Lunatic asylums in Bengal annual reports 1912-1924 - 1912-1924
Year: 1912
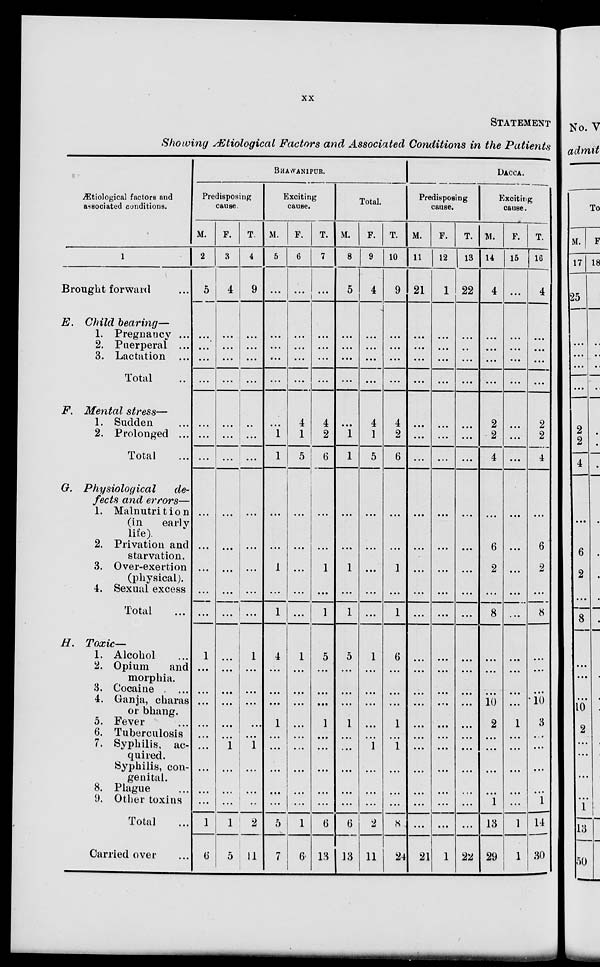
xx
STATEMENT
Showing Ætiological Factors and Associated Conditions in the Patients
Ætiological factors and
associated conditions.
1
Brought forward
E. Child bearing—
1. Pregnancy ...
2. Puerperal ...
3. Lactation ...
Total
F. Mental stress—
1. Sudden ...
2. Prolonged ...
Total ...
G. Physiological
de-
fects and errors—
1. Malnutrition
(in
early
life)
2. Privation and
starvation.
3. Over-exertion
(physical).
4. Sexual excess
Total ...
H. Toxic—
1. Alcohol ...
2. Opium
and
morphia.
3. Cocaine
...
4. Ganja, charas
or bhang.
5. Fever ...
6. Tuberculosis
7. Syphilis, ac-
quired.
Syphilis, con-
genital.
8. Plague ...
9. Other toxins
Total ...
Carried over ...
BHAWANlPUR.
Predisposing
cause.
M.
2
5
...
...
...
...
...
...
...
...
...
...
...
...
1
...
...
...
...
...
...
...
...
...
1
6
F.
3
4
...
...
...
...
...
...
...
...
...
...
...
...
...
...
...
...
...
...
1
...
...
...
1
5
T.
4
9
...
...
...
...
...
...
...
...
...
...
...
...
1
...
...
...
...
...
1
...
...
...
2
11
Exciting
cause.
M.
5
...
...
...
...
...
...
1
1
...
...
1
...
1
4
...
...
...
1
...
...
...
...
...
5
7
F.
6
...
...
...
...
...
4
1
5
...
...
...
...
...
1
...
...
...
...
...
...
...
...
...
1
6
T.
7
...
...
...
...
...
4
2
6
...
...
1
...
...
5
...
...
...
1
...
...
...
...
...
6
13
Total.
M.
8
5
...
...
...
...
...
1
1
...
...
1
...
1
5
...
...
...
1
...
...
...
...
...
6
13
F.
9
4
...
...
...
...
4
1
5
...
...
...
...
...
1
...
...
...
...
...
1
...
...
...
2
11
T.
10
9
...
...
...
...
4
2
6
...
...
1
...
1
6
...
...
...
1
...
1
...
...
...
8
24
DACCA.
Predisposing
cause.
M.
11
21
...
...
...
...
...
...
...
...
...
...
...
...
...
...
...
...
...
...
...
...
...
...
...
21
F.
12
1
...
...
...
...
...
...
...
...
...
...
...
...
...
...
...
...
...
...
...
...
...
...
...
1
T.
1 3
22
...
...
...
...
...
...
...
...
...
...
...
...
...
...
...
...
...
...
...
...
...
...
...
22
Exciting
cause.
M.
14
4
...
...
...
...
2
2
4
...
6
2
...
8
...
...
...
10
2
...
...
...
...
1
13
29
F.
15
...
...
...
...
...
...
...
...
...
...
...
...
...
...
...
...
...
1
...
...
...
...
...
1
1
T.
16
4
...
...
...
...
2
2
4
...
6
2
...
8
...
...
...
10
3
...
...
...
...
1
14
30